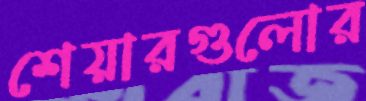
শেয়ারগুলোর